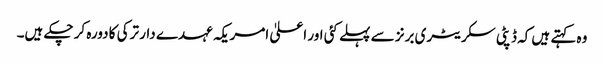
وہ کہتے ہیں کہ ڈپٹی سکریٹری برنز سے پہلے کئی اور اعلیٰ امریکہ عہدے دار ترکی کا دورہ کر چکے ہیں۔